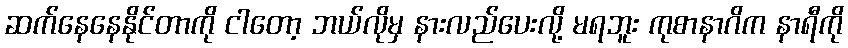
ဆက်နေနေနိုင်တာကို ငါတော့ ဘယ်လိုမှ နားလည်ပေးလို့ မရဘူး ကုစာနာဂိက နာရီကို